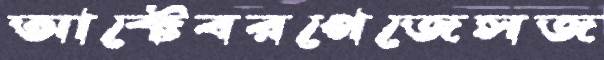
আক্টেবরপেজেসজ